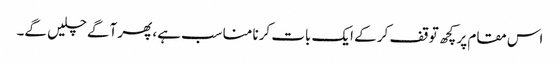
اس مقام پر کچھ توقف کر کے ایک بات کرنا مناسب ہے، پھر آگے چلیں گے۔